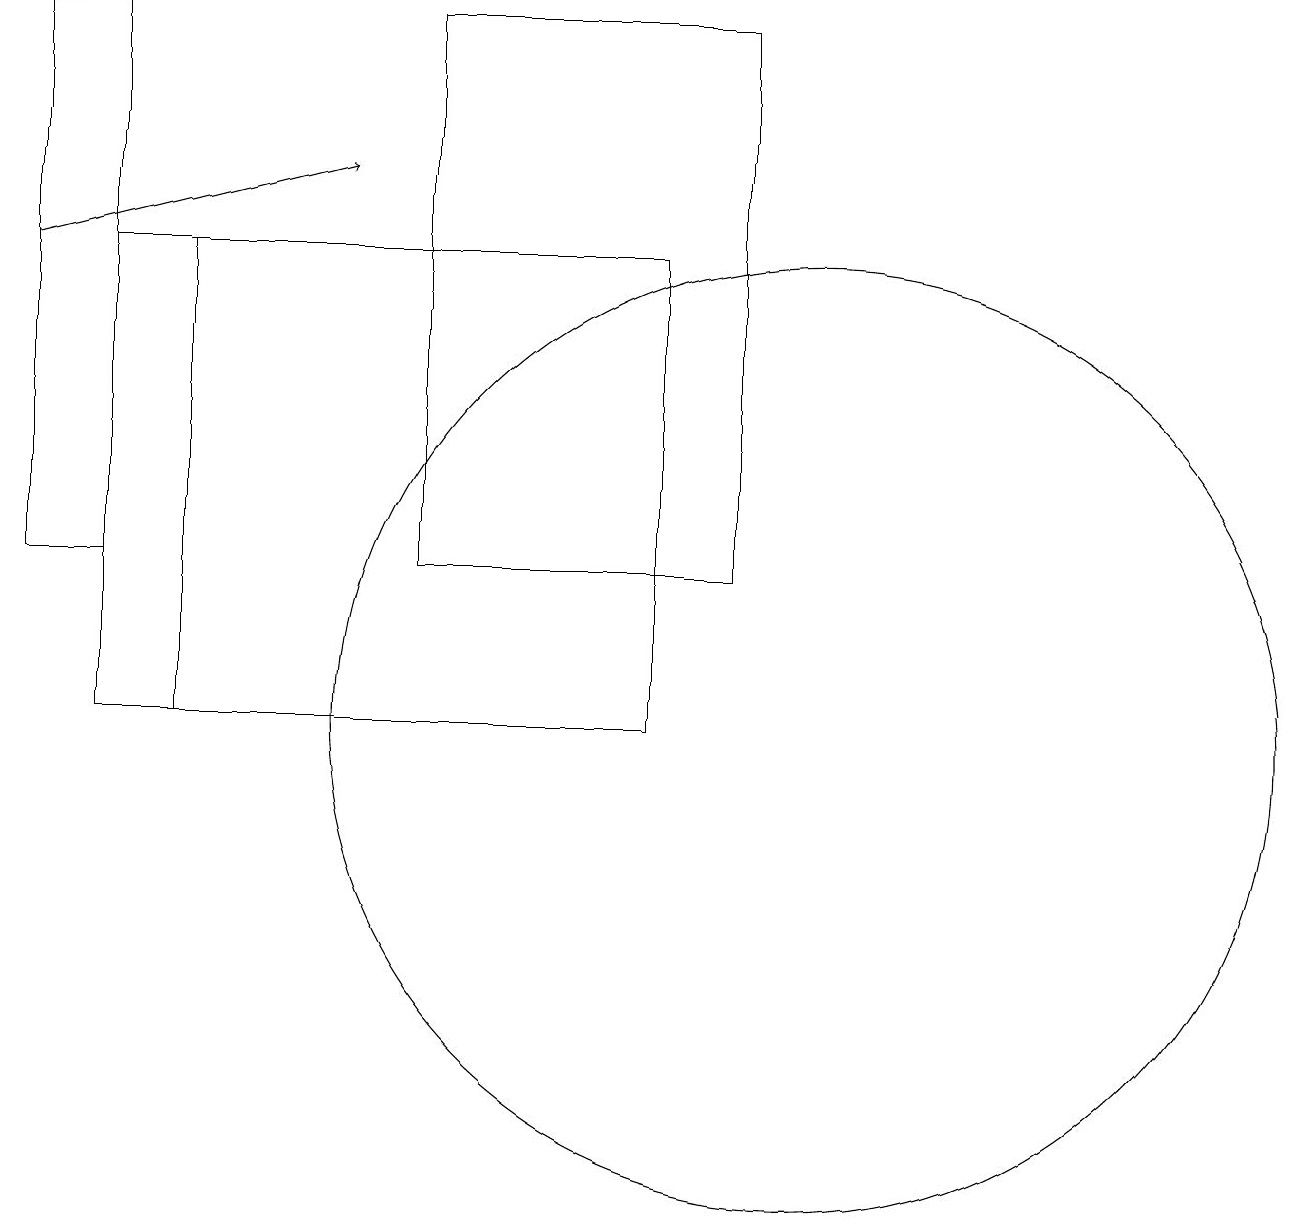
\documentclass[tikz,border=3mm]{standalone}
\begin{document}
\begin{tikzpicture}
\draw (10,10) circle (6);
\draw (1,16) rectangle (2,10);
\draw (9,12) rectangle (5,19);
\draw (8,16) rectangle (2,10);
\draw[->] (0,16) -- (4,17);
\draw (0,12) rectangle (1,19);
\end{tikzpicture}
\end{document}